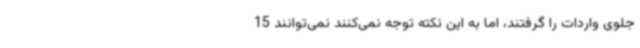
جلوی واردات را گرفتند، اما به این نکته توجه نمی‌کنند نمی‌توانند 15